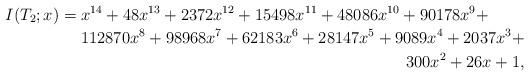
LaTeX: \begin{align*}I(T_2;x) =\!\begin{multlined}[t] x^{14} + 48x^{13} + 2372x^{12} + 15498x^{11} + 48086x^{10} + 90178x^9 + \\ 112870x^8 + 98968x^7 + 62183x^6 + 28147x^5 + 9089x^4 + 2037x^3 + \\ 300x^2 + 26x + 1, \end{multlined}\end{align*}